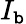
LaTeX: I_{\mathtt{b}}